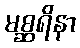
မစ္ဆရိနာ